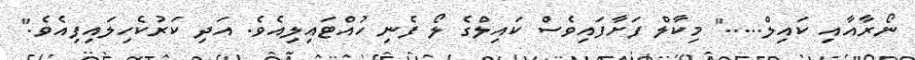
ނޯރާއާއި ކައިލް....." މިކާލް ފަށާފައިވެސް ކައިލްގެ ލޯ ފެނި ހުއްޓައިލިއެވެ. އަދި ކަރުކެހިލައިފިއެވެ."